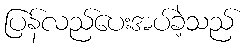
ပြန်လည်ပေးအပ်ခဲ့သည်